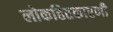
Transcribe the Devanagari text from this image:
लोकहितकारणी